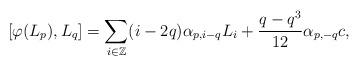
LaTeX: \begin{align*} [\varphi(L_p),L_q] = \sum_{i\in \mathbb{Z}} (i - 2q) \alpha_{p,i-q}L_i + \dfrac{q-q^3}{12} \alpha_{p,-q} c,\end{align*}